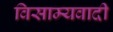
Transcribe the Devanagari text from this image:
विसाम्यवादी